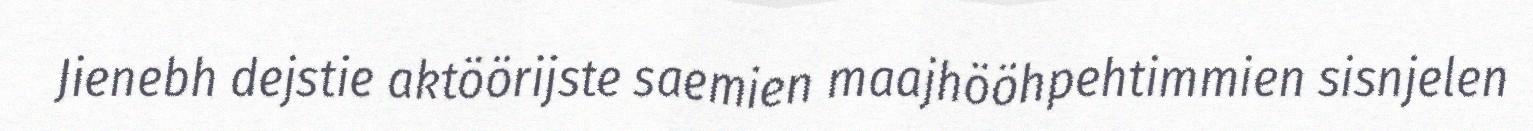
Jienebh dejstie aktöörijste saemien maajhööhpehtimmien sisnjelen